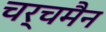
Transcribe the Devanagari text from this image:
चर्चमैन